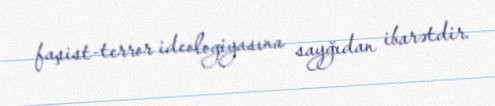
faşist-terror ideologiyasına sayğıdan ibarətdir.